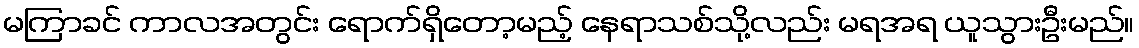
မကြာခင် ကာလအတွင်း ရောက်ရှိတော့မည့် နေရာသစ်သို့လည်း မရအရ ယူသွားဦးမည်။